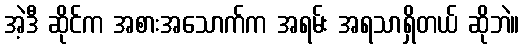
အဲ့ဒီ ဆိုင်က အစားအသောက်က အရမ်း အရသာရှိတယ် ဆိုဘဲ။